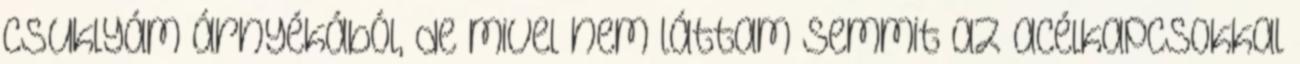
csuklyám árnyékából, de mivel nem láttam semmit az acélkapcsokkal